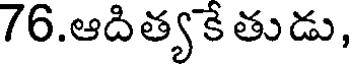
76.ఆదిత్యకే తుడు,